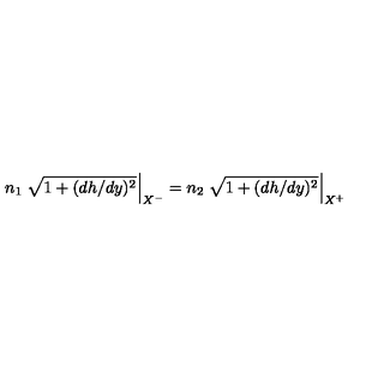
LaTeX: n _ { 1 } \left. \sqrt { 1 + ( d h / d y ) ^ { 2 } } \right| _ { X ^ { - } } = n _ { 2 } \left. \sqrt { 1 + ( d h / d y ) ^ { 2 } } \right| _ { X ^ { + } }